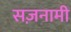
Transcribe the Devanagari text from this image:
सज़नामी